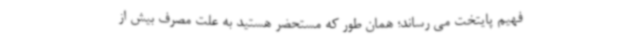
فهیم پایتخت می رساند؛ همان طور که مستحضر هستید به علت مصرف بیش از